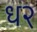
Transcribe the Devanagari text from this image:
ध२